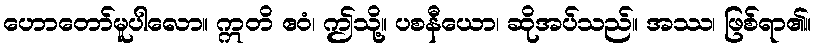
ဟောတော်မူပါလော။ ဣတိ ဧဝံ၊ ဤသို့။ ပစနီယော၊ ဆိုအပ်သည်။ အဿ၊ ဖြစ်ရာ၏။